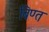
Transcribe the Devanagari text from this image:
बिण्त